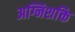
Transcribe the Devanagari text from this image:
अग्निशक्ति